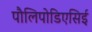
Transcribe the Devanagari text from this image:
पौलिपोडिएसिई